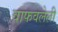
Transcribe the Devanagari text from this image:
वाफवलेली